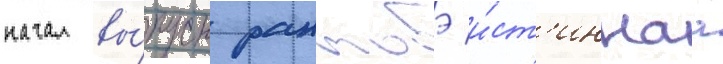
начал вы́пуск ранобэ и́ст'иннаа